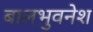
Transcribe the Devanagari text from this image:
बालभुवनेश